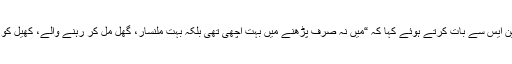
نسیمہ نے سندھودرگ میں واقع اپنے گھر میں آئی این ایس سے بات کرتے ہوئے کہا کہ “میں نہ صرف پڑھنے میں بہت اچھی تھی بلکہ بہت ملنسار، گھل مل کر رہنے والے، کھیل کو داور ثقافتی مقابلوں میں حصہ لینے والی لڑکی تھی۔